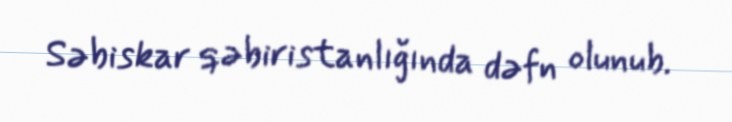
Səbiskar qəbiristanlığında dəfn olunub.